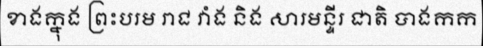
ខាងក្នុង ព្រះបរម រាជ វាំង និង សារមន្ទីរ ជាតិ បាងកក